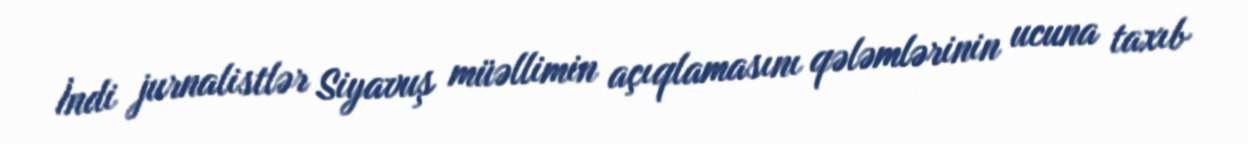
İndi jurnalistlər Siyavuş müəllimin açıqlamasını qələmlərinin ucuna taxıb